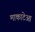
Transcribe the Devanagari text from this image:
माकाटेआ